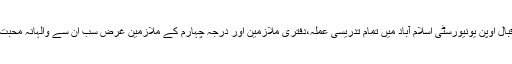
علامہ اقبال اوپن یونیورسٹی اسلام آباد میں تمام تدریسی عملہ،دفتری ملازمین اور درجہ چہارم کے ملازمین غرض سب ان سے والہانہ محبت کرتے۔